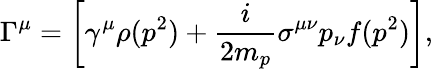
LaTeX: \Gamma^{\mu}=\left[\gamma^{\mu}\rho(p^{2})+\frac{i}{2m_{p}}\sigma^{\mu\nu}p_{\nu}f(p^{2})\right],